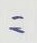
=